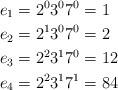
LaTeX: \begin{align*} e_1 &= 2^03^07^0 = 1\\ e_2 &= 2^13^07^0 = 2\\ e_3 &= 2^23^17^0 = 12\\ e_4 &= 2^23^17^1 = 84 \end{align*}